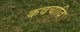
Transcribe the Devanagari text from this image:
कवचादि